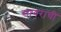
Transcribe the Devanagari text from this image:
सायराची